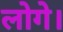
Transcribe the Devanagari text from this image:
लोगे।